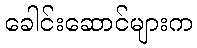
ခေါင်းဆောင်များက